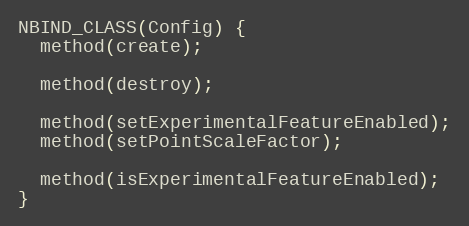
Language: C++
NBIND_CLASS(Config) {
  method(create);

  method(destroy);

  method(setExperimentalFeatureEnabled);
  method(setPointScaleFactor);

  method(isExperimentalFeatureEnabled);
}